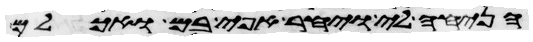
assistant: הניחה לי ויחר אפי בם ואכלם